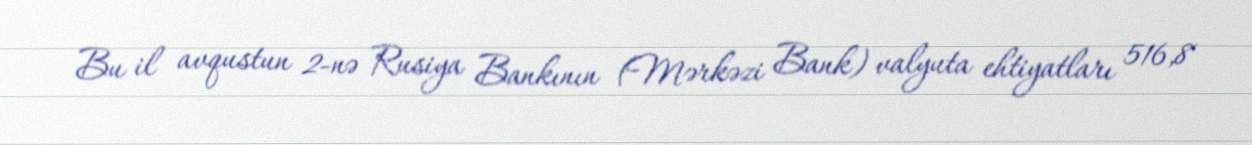
Bu il avqustun 2-nə Rusiya Bankının (Mərkəzi Bank) valyuta ehtiyatları 516,8